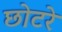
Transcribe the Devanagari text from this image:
छोटरे